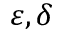
\varepsilon , \delta